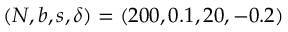
( N , b , s , \delta ) = ( 2 0 0 , 0 . 1 , 2 0 , - 0 . 2 )